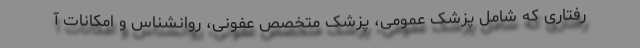
رفتاری که شامل پزشک عمومی، پزشک متخصص عفونی، روانشناس و امکانات آ